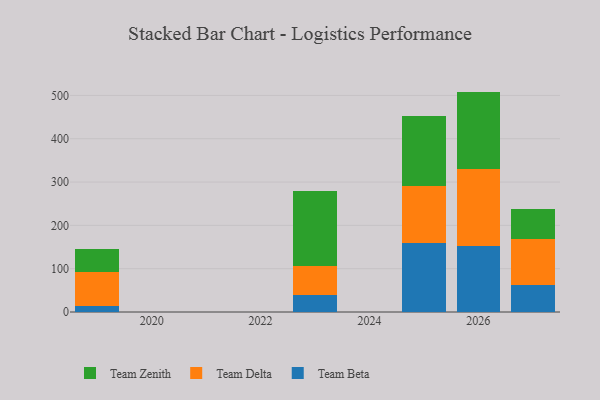
{"axis": {"x": "Year", "y": "Energy Usage (MWh)"}, "legend": ["Team Beta", "Team Delta", "Team Zenith"], "data": [{"x": "2027", "y": 61.6, "type": "Team Beta"}, {"x": "2027", "y": 108.0, "type": "Team Delta"}, {"x": "2027", "y": 67.2, "type": "Team Zenith"}, {"x": "2025", "y": 159.8, "type": "Team Beta"}, {"x": "2025", "y": 130.7, "type": "Team Delta"}, {"x": "2025", "y": 160.9, "type": "Team Zenith"}, {"x": "2026", "y": 151.6, "type": "Team Beta"}, {"x": "2026", "y": 178.2, "type": "Team Delta"}, {"x": "2026", "y": 179.0, "type": "Team Zenith"}, {"x": "2019", "y": 13.8, "type": "Team Beta"}, {"x": "2019", "y": 79.0, "type": "Team Delta"}, {"x": "2019", "y": 52.6, "type": "Team Zenith"}, {"x": "2023", "y": 39.4, "type": "Team Beta"}, {"x": "2023", "y": 65.7, "type": "Team Delta"}, {"x": "2023", "y": 173.9, "type": "Team Zenith"}]}